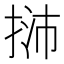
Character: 𢭿